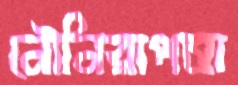
নৌনিরাপত্তা